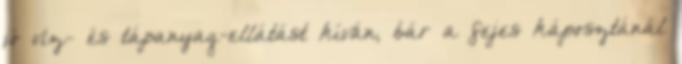
jó víz- és tápanyag-ellátást kíván, bár a fejes káposztánál